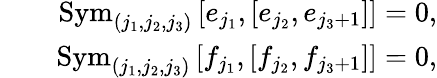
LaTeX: \begin{array}{rlr}&{}&{\mathrm{Sym}_{(j_{1},j_{2},j_{3})}\left[e_{j_{1}},\left[e_{j_{2}},e_{j_{3}+1}\right]\right]=0,}\\ &{}&{\mathrm{Sym}_{(j_{1},j_{2},j_{3})}\left[f_{j_{1}},\left[f_{j_{2}},f_{j_{3}+1}\right]\right]=0,}\end{array}